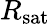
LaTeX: R_{\textrm{sat}}